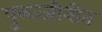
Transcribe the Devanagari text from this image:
पुरुज्जीवीत